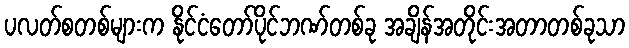
ပလတ်စတစ်များက နိုင်ငံတော်ပိုင်ဘဏ်တစ်ခု အချိန်အတိုင်းအတာတစ်ခုသာ